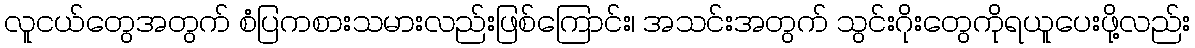
လူငယ်တွေအတွက် စံပြကစားသမားလည်းဖြစ်ကြောင်း၊ အသင်းအတွက် သွင်းဂိုးတွေကိုရယူပေးဖို့လည်း